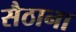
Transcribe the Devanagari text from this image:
सैठाना